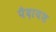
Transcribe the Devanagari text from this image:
पैदायश